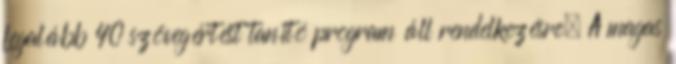
Legalább 40 szövegértést tanító program áll rendelkezésre. A magas